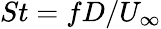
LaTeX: St=fD/U_{\infty}